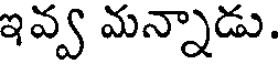
ఇవ్వ మన్నాడు.